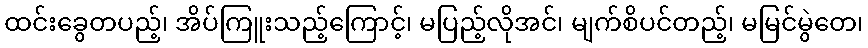
ထင်းခွေတပည့်၊ အိပ်ကြူးသည့်ကြောင့်၊ မပြည့်လိုအင်၊ မျက်စိပင်တည့်၊ မမြင်မွဲတေ၊